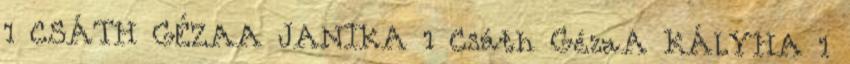
1 CSÁTH GÉZAA JANIKA 1 Csáth GézaA KÁLYHA 1